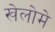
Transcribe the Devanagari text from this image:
खेलोमे